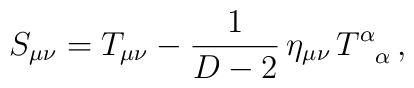
S_{\mu\nu}=T_{\mu\nu}-\frac{1}{D-2}\,\eta_{\mu\nu}\,T^{\alpha}_{\;\;\;\alpha}\,,